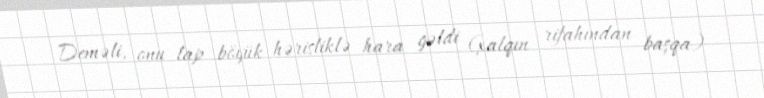
Deməli, onu lap böyük hərisliklə hara gəldi (xalqın rifahından başqa)